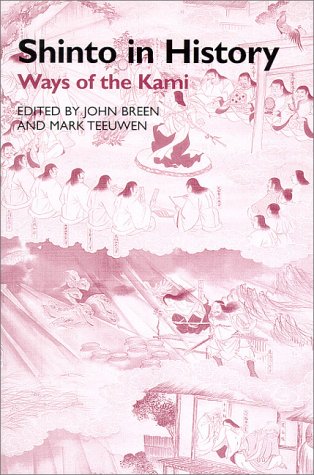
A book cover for Shinto in History: Ways of the Kami; Religion & Spirituality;